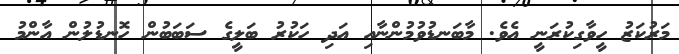
މަރުކަޒު ހީވާގިކުރަނީ އެވެ. މާބަނޑުވުމުންނާއި އަދި ހަކުރު ބަލީގެ ސަބަބުން ހޮނޑުލުން އާންމު